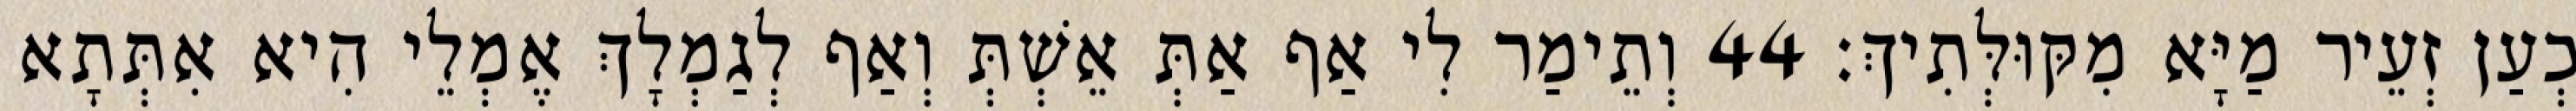
כְעַן זְעֵיר מַיָּא מִקּוּלְּתִיךְ׃ 44 וְתֵימַר לִי אַף אַתְּ אֵשְׁתְּ וְאַף לְגַמְלָךְ אֶמְלֵי הִיא אִתְּתָא